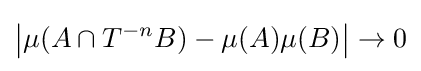
\left|\mu (A\cap T^{-n}B)-\mu (A)\mu (B)\right|\to 0